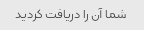
شما آن را دریافت کردید